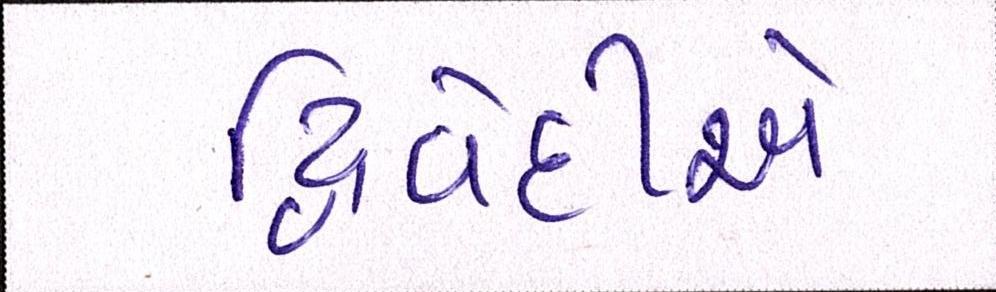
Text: દ્વિવેદીએ